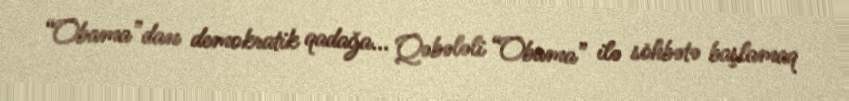
“Obama”dan demokratik qadağa... Qəbələli “Obama” ilə söhbətə başlamaq